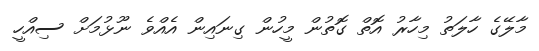
މާލޭގެ ހާލަތު މިހާރު އޮތް ގޮތުން މީހުން ގިނައިން އެއްވެ ނޫޅުމަށް ސިއްހީ